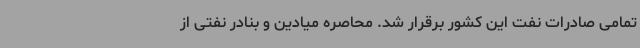
تمامی صادرات نفت این کشور برقرار شد. محاصره میادین و بنادر نفتی از